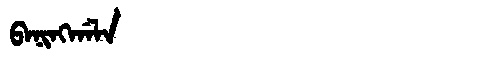
Manchu: ᠪᠠᠨᡳᠩᡤᠠᠯᠠ
Romanization: BANINGGALA